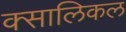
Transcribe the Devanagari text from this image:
क्सालिकल